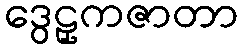
ဒွေဠှကဇာတာ